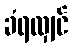
ခံရလျှင်